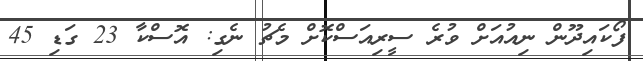
ފޯކައިދޫން ނިއުއަށް ވުރެ ސީރިއަސްކޮށް މެޗު ނެގި: އޮސްކާ 23 ގަޑި 45